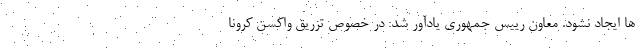
ها ایجاد نشود. معاون رییس جمهوری یادآور شد: در خصوص تزریق واکسن کرونا